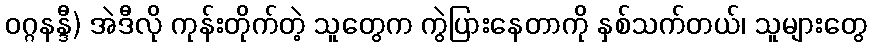
ဝဂ္ဂနန္ဒီ) အဲဒီလို ကုန်းတိုက်တဲ့ သူတွေက ကွဲပြားနေတာကို နှစ်သက်တယ်၊ သူများတွေ